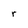
Character: r